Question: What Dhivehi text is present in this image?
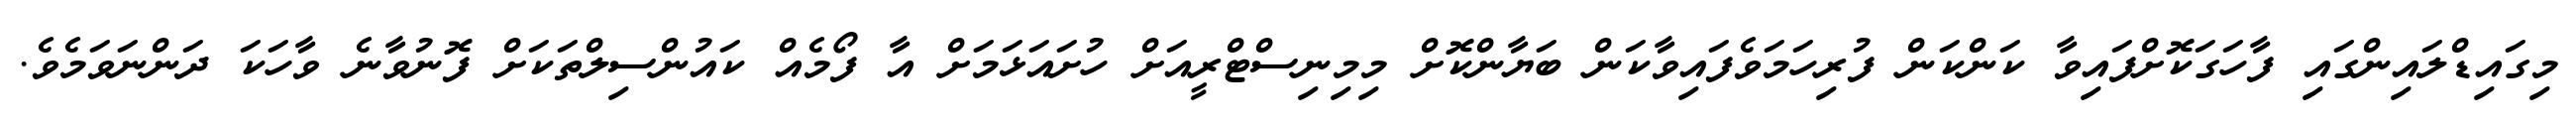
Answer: މިގައިޑްލައިންގައި ފާހަގަކޮށްފައިވާ ކަންކަން ފުރިހަމަވެފައިވާކަން ބަޔާންކޮށް މިމިނިސްޓްރީއަށް ހުށައަޅަމަށް އާ ފޯމެއް ކައުންސިލްތަކަށް ފޮނުވާނެ ވާހަކަ ދަންނަވަމެވެ.